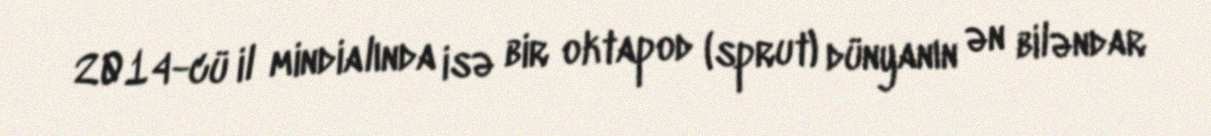
2014-cü il mindialında isə bir oktapod (sprut) dünyanın ən biləndar